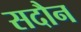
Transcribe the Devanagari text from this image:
सदौन